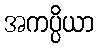
အကပ္ပိယာ